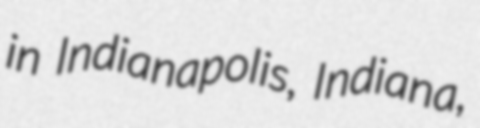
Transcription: in Indianapolis, Indiana,